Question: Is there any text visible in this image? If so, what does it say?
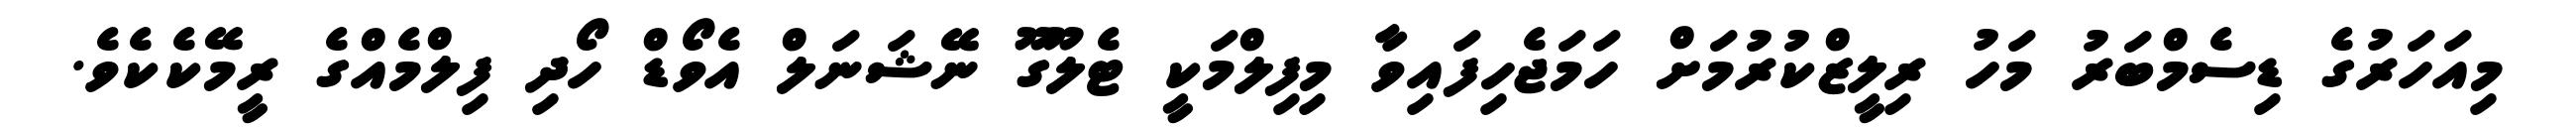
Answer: މިއަހަރުގެ ޑިސެމްބަރު މަހު ރިލީޒްކުރުމަށް ހަމަޖެހިފައިވާ މިފިލްމަކީ ޓެލޫގޫ ނޭޝަނަލް އެވޯޑް ހޯދި ފިލްމެއްގެ ރީމޭކެކެވެ.